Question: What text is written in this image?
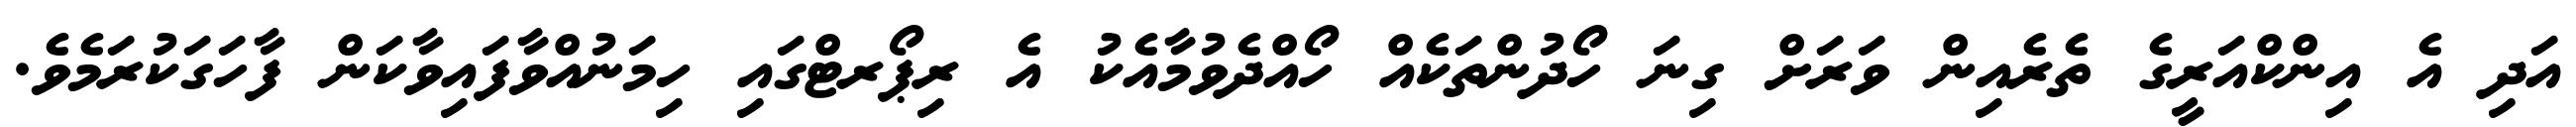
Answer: އަދި އެ އިންކްއަރީގެ ތެރެއިން ވަރަށް ގިނަ ހޯދުންތަކެއް ހޯއްދެވުމާއެކު އެ ރިޕޯރޓްގައި ހިމަނުއްވާފައިވާކަން ފާހަގަކުރަމެވެ.